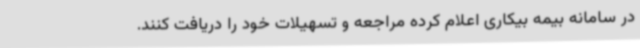
در سامانه بیمه بیکاری اعلام کرده مراجعه و تسهیلات خود را دریافت کنند.